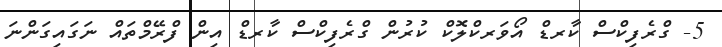
5- ގްރެފިކްސް ކާރޑް އޯވަރކްލޮކް ކުރުން ގްރެފިކްސް ކާރޑް އިން ފްރޭމްތައް ނަގައިގަންނަ